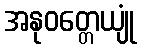
အနုဝတ္တေယျုံ